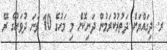
ރ. ދިގައްޔަށް ދަތުރުކުރަމުން ދަނިކޮށް މި މަހުގެ 10 ވަނަ ދުވަހުގެ ރޭ